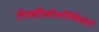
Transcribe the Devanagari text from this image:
टौक्सीकोलौजिस्ट्स